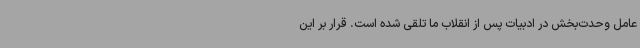
عامل وحدت‌بخش در ادبیات پس از انقلاب ما تلقی شده است. قرار بر این